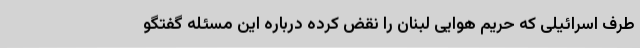
طرف اسرائیلی که حریم هوایی لبنان را نقض کرده درباره این مسئله گفتگو